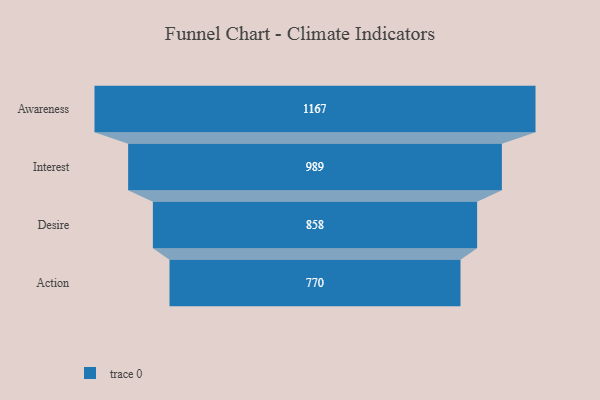
{"axis": {"x": "Stage", "y": "Value"}, "legend": [""], "data": [{"x": "Awareness", "y": 1167.0, "type": ""}, {"x": "Interest", "y": 989.0, "type": ""}, {"x": "Desire", "y": 858.0, "type": ""}, {"x": "Action", "y": 770.0, "type": ""}]}